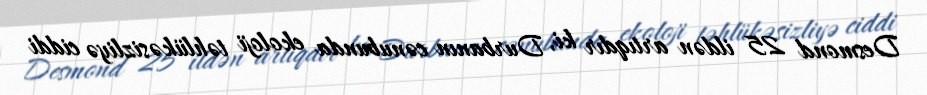
Desmond 25 ildən artıqdır ki, Durbanın cənubunda ekoloji təhlükəsizliyə ciddi